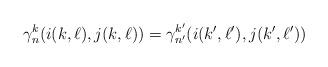
LaTeX: \begin{align*}\gamma^{k}_{n}(i(k,\ell),j(k,\ell))=\gamma^{k'}_{n'}(i(k',\ell'),j(k',\ell'))\end{align*}